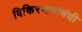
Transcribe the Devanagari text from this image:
विकिरणासंबंधी